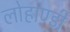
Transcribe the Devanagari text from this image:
लोहाण्डी